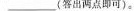
___(答出两点可)。